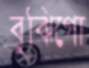
বুঝিগো